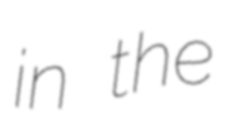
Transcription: in the